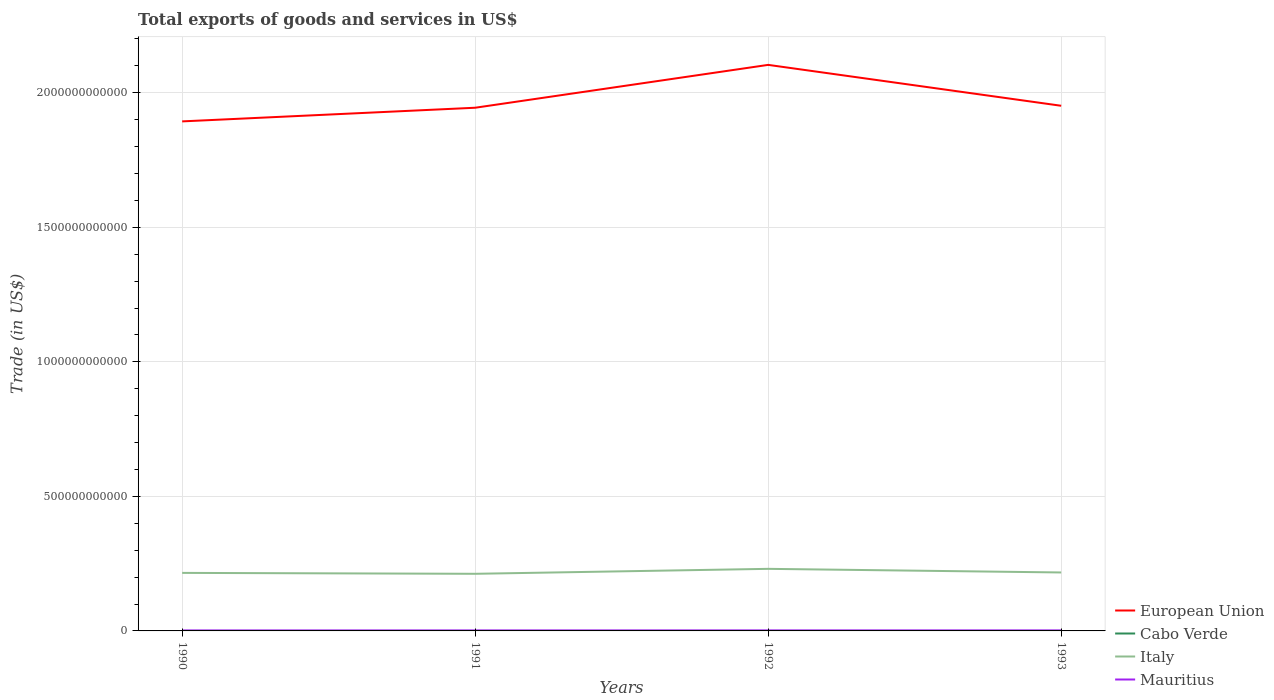
| Years | European Union | Cabo Verde | Italy | Mauritius |
 | --- | --- | --- | --- | --- |
 | 1990 | 1.89e+12 | 5.26e+07 | 2.16e+11 | 1.72e+09 |
 | 1991 | 1.94e+12 | 5.3e+07 | 2.12e+11 | 1.78e+09 |
 | 1992 | 2.1e+12 | 6.17e+07 | 2.31e+11 | 1.91e+09 |
 | 1993 | 1.95e+12 | 6.5e+07 | 2.17e+11 | 1.9e+09 |